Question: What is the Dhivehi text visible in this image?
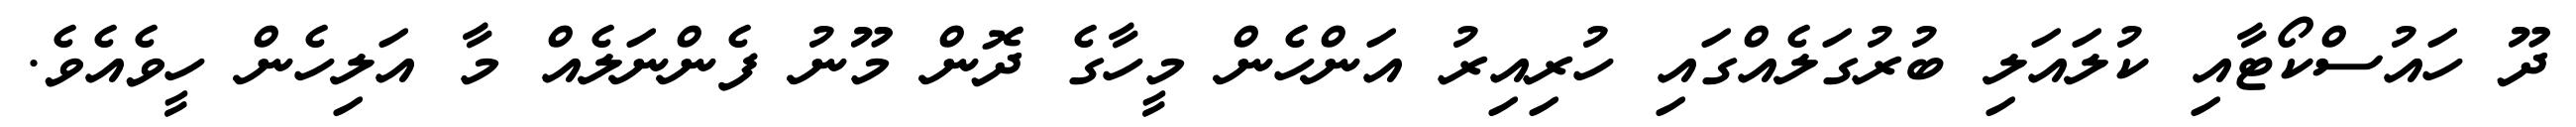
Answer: ދޫ ހައުސްކޯޓާއި ކުލައަލި ބުރުގަލެއްގައި ހުރިއިރު އަންހެން މީހާގެ ދޮން މޫނު ފެންނަލެއް މާ އަލިހެން ހީވެއެވެ.